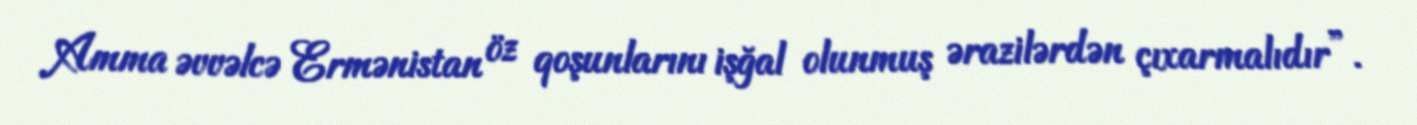
Amma əvvəlcə Ermənistan öz qoşunlarını işğal olunmuş ərazilərdən çıxarmalıdır”.